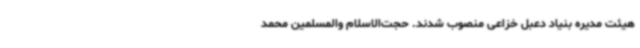
هیئت مدیره بنیاد دعبل خزاعی منصوب شدند. حجت‌الاسلام والمسلمین محمد